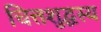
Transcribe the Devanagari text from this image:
चित्तशुद्धस्य